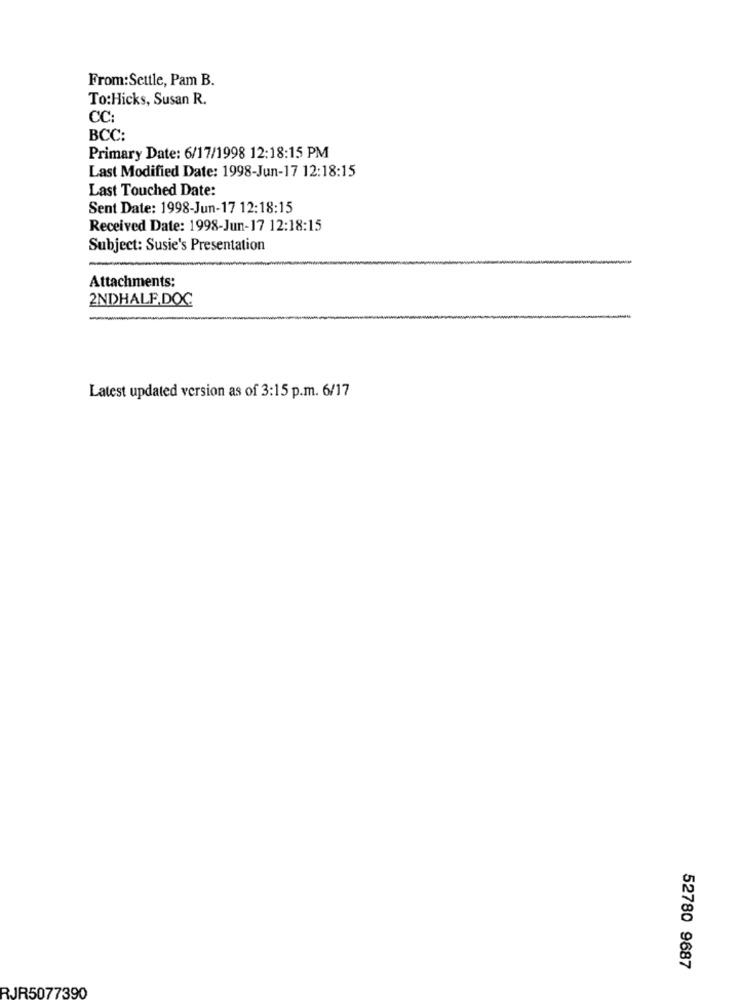
From:Settle, Pam B.
To:Hicks, Susan R.
CC:
BCC:
Primary Date: 6/17/1998 12:18:15 PM
Last Modified Date: 1998-Jun-17 12:18:15
Last Touched Date:
Sent Date: 1998-Jun-17 12:18:15
Received Date: 1998-Jun-17 12:18:15
Subject: Susie's Presentation
Attachments:
2NDHALF.DOC
Latest updated version as of 3:15 p.m. 6/17
52780 9687
RJR5077390